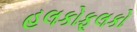
હલકોફૂલકો